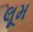
લૂમ